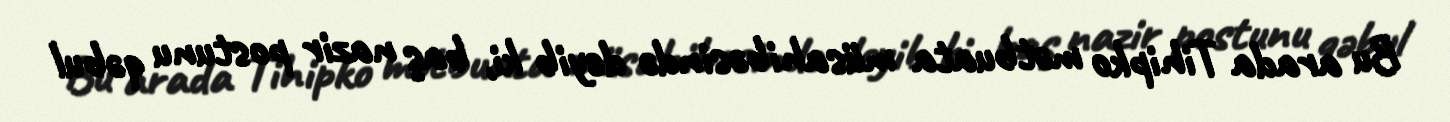
Bu arada Tihipko mətbuata müsahibəsində deyib ki, baş nazir postunu qəbul